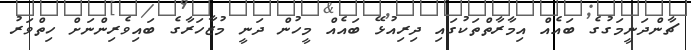
ޗާންދަނީމަގުގެ ބައެއް އިމާރާތްތަކުގައި ދިރިއުޅޭ ބައެއް މީހުން ދަނީ މުޒާހަރާގެ ބައިވެރިންނަށް ހިތްވަރު